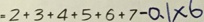
= 2 + 3 + 4 + 5 + 6 + 7 - 0 . 1 \times 6